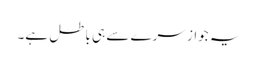
یہ جواز سرے سے ہی باطل ہے۔